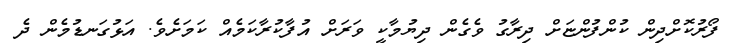
ފޯރުކޮށްދިން ކުންފުންޏަށް ދިރާގު ވެގެން ދިޔުމާކީ ވަރަށް އުފާކުރާކަމެއް ކަމަށެވެ. އަޅުގަނޑުމެން ދެ